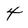
Character: 4